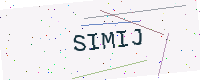
Text: SIMIJ